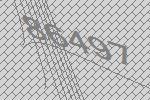
86497